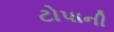
ટોપાની